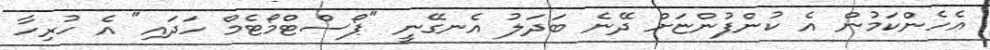
އެހެންކަމުން އެ ކުންފުންޏަށް ދޭނެ ބަދަލު އެނގޭނީ "ޕޯސްޓްމޯޓެމް ހަދައި" އެ ހުރިހާ